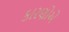
કારણોએ